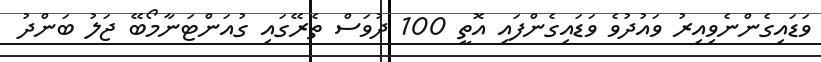
ވަޑައިގެންނެވިއިރު ވައުދުވެ ވަޑައިގެންފައި އޮތީ 100 ދުވަސް ތެރޭގައި ގުއަންޓަނާމޯބޭ ޖަލު ބަންދު